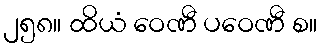
၂၅၈။ ထိယံ ဝေဏီ ပဝေဏီ စ။